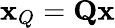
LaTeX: \mathbf{x}_{Q}=\mathbf{Qx}